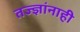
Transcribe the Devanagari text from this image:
तज्‍ज्ञांनाही